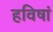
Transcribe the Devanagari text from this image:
हविषां